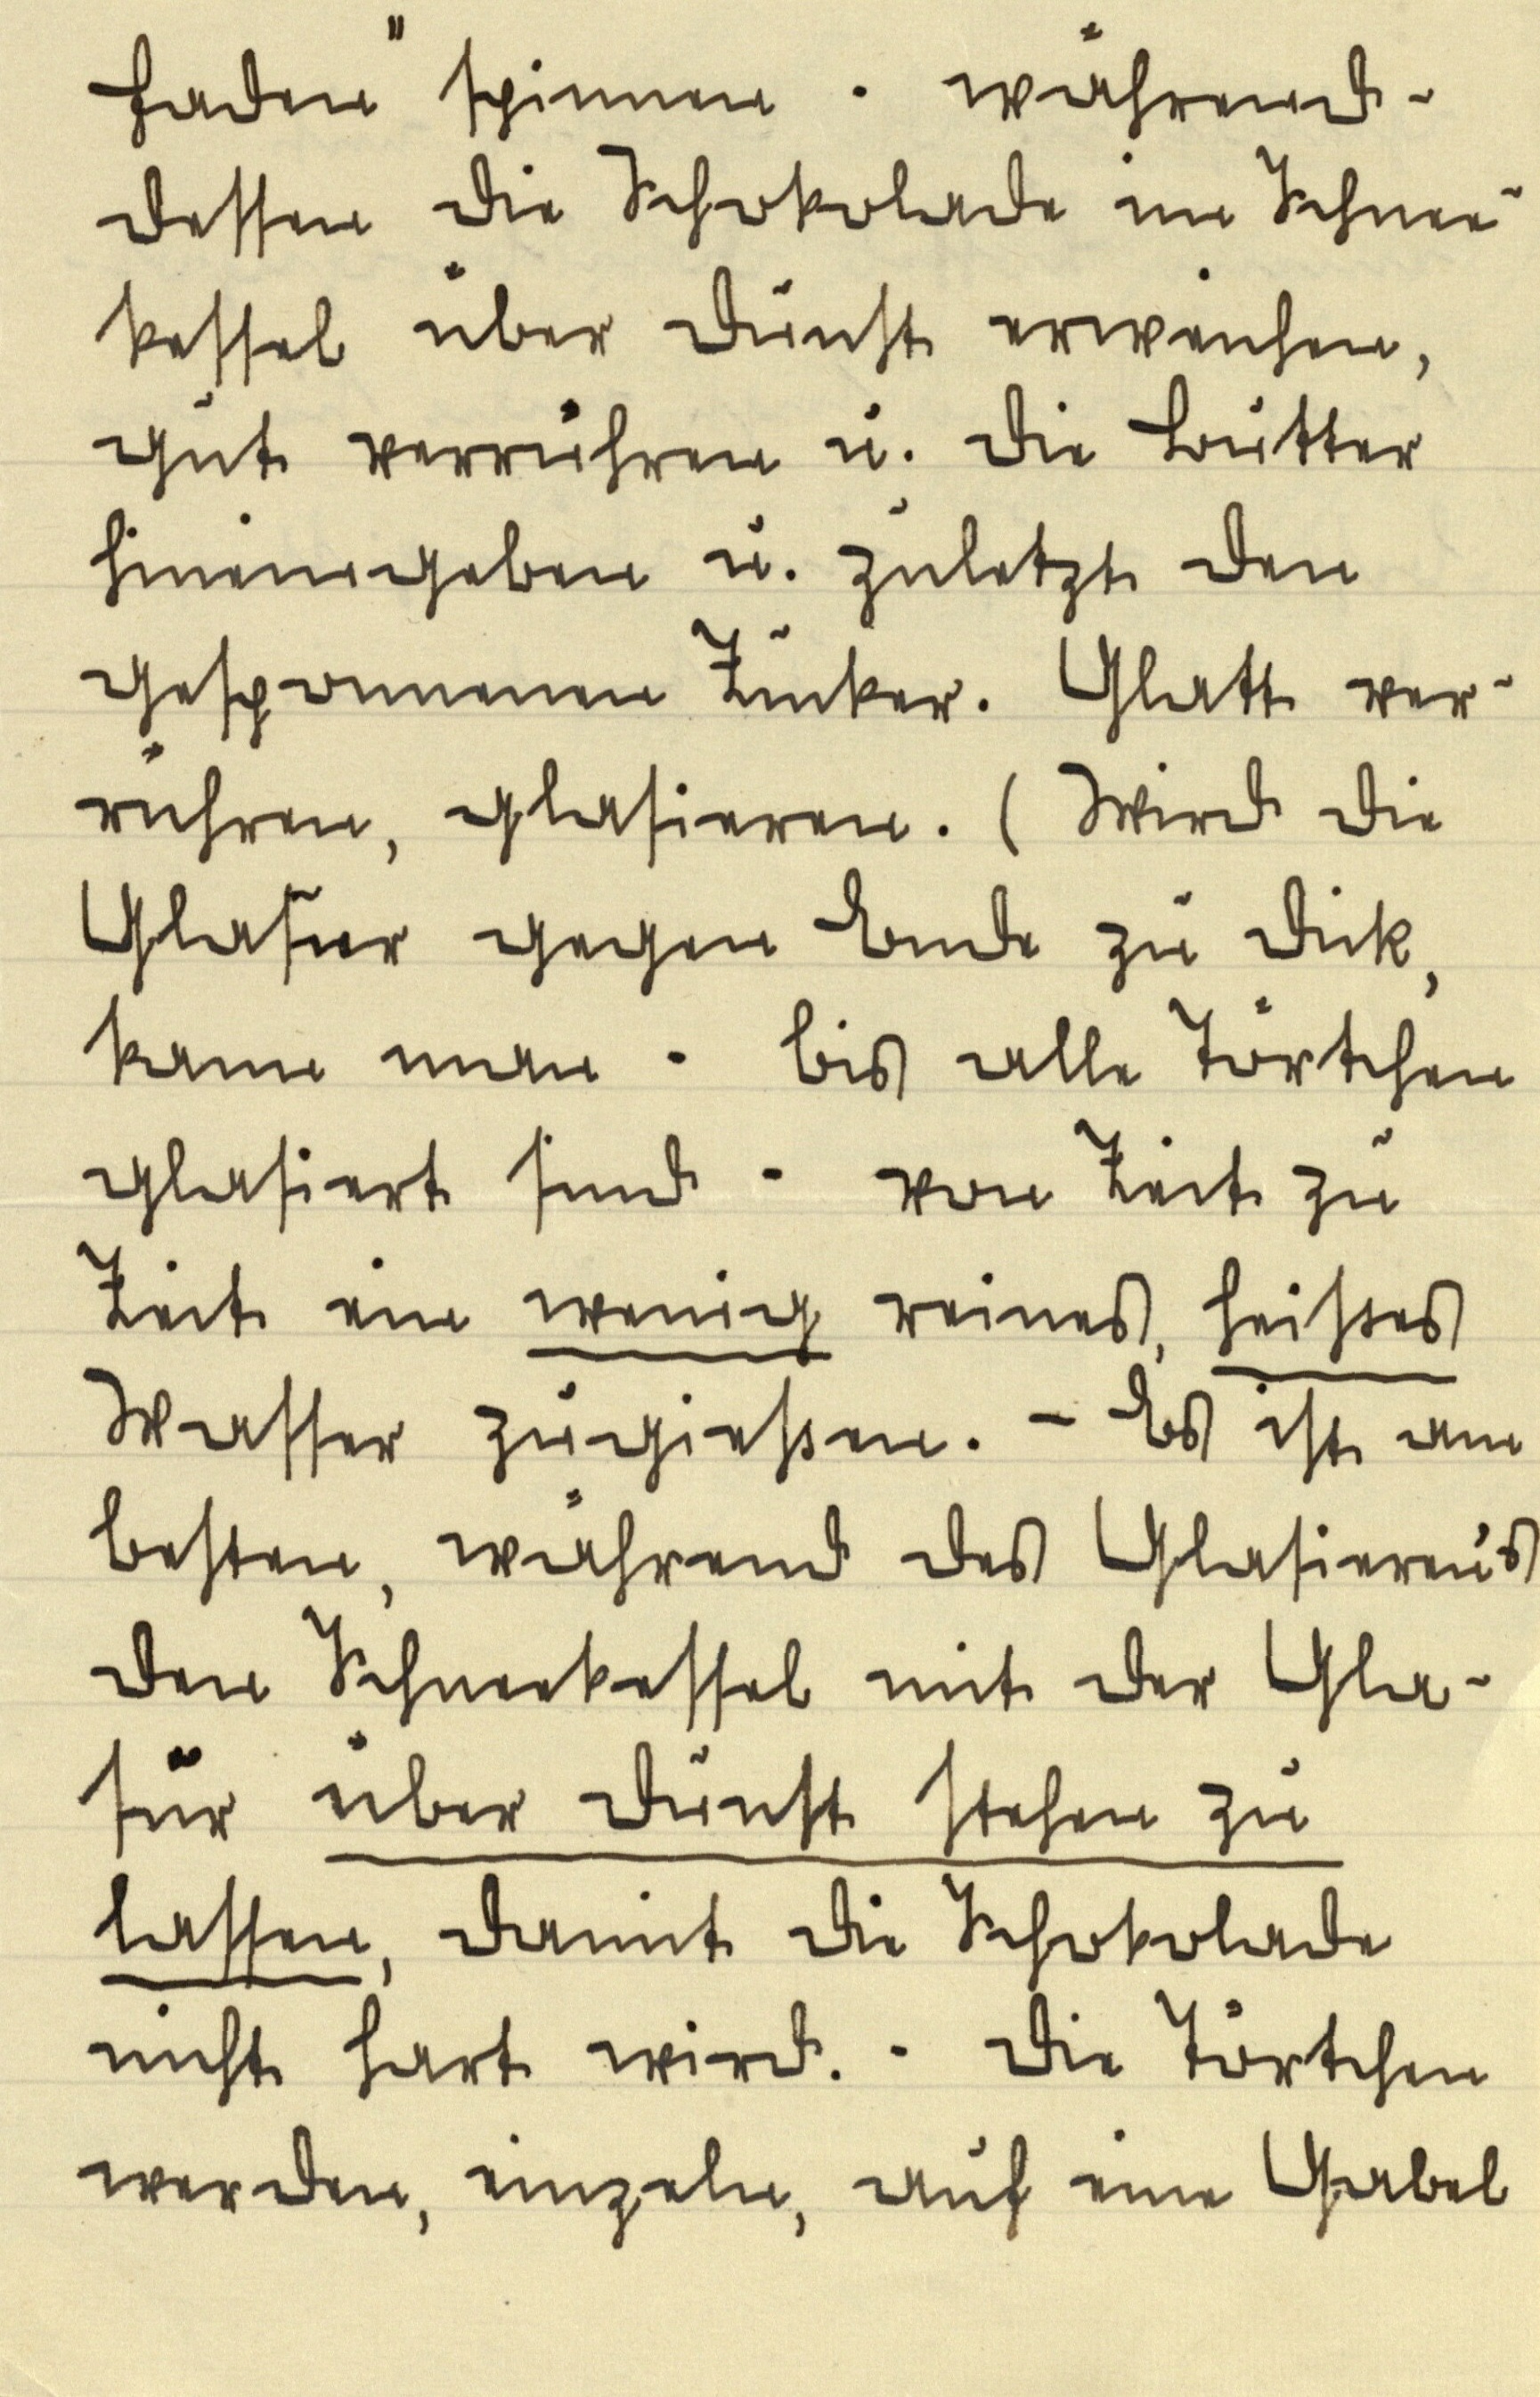
Faden" spinnen. während¬
dessen die Schokolade im Schnee¬
kessel über Dunst erweichen,
gut verrühren u. die Butter
hineingeben u. zuletzt den
gesponnenen Zucker. Glatt ver¬
rühren, glasieren. (Wird die
Glasur gegen Ende zu dick,
kann man — bis alle Törtchen
glasiert sind — von Zeit zu
Zeit ein wenig reines, heißes
Wasser zugießen. — Es ist am
besten, während des Glasieren's
den Schneekessel mit der Gla¬
sur über Dunst stehen zu
lassen, damit die Schokolade
nicht hart wird. — Die Törtchen
werden, einzeln, auf eine Gabel